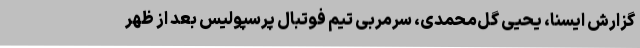
گزارش ایسنا، یحیی گل‌محمدی، سرمربی تیم فوتبال پرسپولیس بعد از ظهر